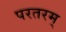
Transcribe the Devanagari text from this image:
परतरम्